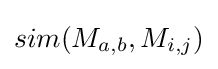
sim(M_{a,b},M_{i,j})